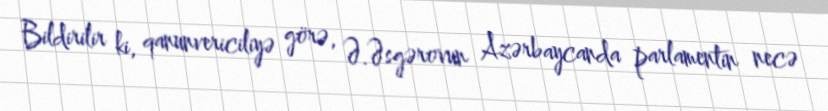
Bildirilir ki, qanunvericiliyə görə, Ə.Əsgərovun Azərbaycanda parlamentin necə